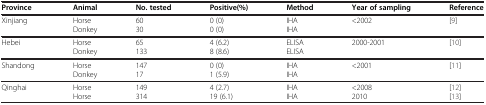
| Province | Animal | No. tested | Positive(%) | Method | Year of sampling | Reference |
 | --- | --- | --- | --- | --- | --- | --- |
 | <ROWSPAN=2> Xinjiang | Horse | 60 | 0 (0) | IHA | <ROWSPAN=2> <2002 | <ROWSPAN=2> [9] |
 | Donkey | 30 | 0 (0) | IHA |
 | <ROWSPAN=2> Hebei | Horse | 65 | 4 (6.2) | ELISA | <ROWSPAN=2> 2000-2001 | <ROWSPAN=2> [10] |
 | Donkey | 133 | 8 (8.6) | ELISA |
 | <ROWSPAN=2> Shandong | Horse | 147 | 0 (0) | IHA | <ROWSPAN=2> <2001 | <ROWSPAN=2> [11] |
 | Donkey | 17 | 1 (5.9) | IHA |
 | <ROWSPAN=2> Qinghai | Horse | 149 | 4 (2.7) | IHA | <2008 | [12] |
 | Horse | 314 | 19 (6.1) | IHA | 2010 | [13] |